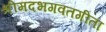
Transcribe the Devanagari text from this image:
श्रीमदभगवतगीता